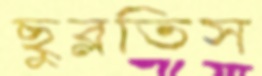
ছুব্‌লতিস